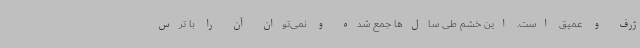
ژرف و عمیق است. این خشم طی سال‌ها جمع شده و نمی‌توان آن را با ترس